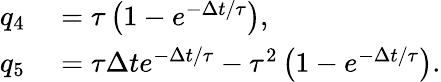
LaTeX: \begin{array}{rl}{q_{4}}&{{}=\tau\left(1-e^{-\Delta t/\tau}\right),}\\ {q_{5}}&{{}=\tau\Delta te^{-\Delta t/\tau}-\tau^{2}\left(1-e^{-\Delta t/\tau}\right).}\end{array}